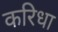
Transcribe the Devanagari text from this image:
करिधा